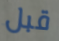
قبل